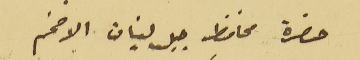
حضرة محافظ جبل لبنان الافخم